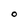
Character: O